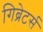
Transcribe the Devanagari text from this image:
गिब्रेटर्स